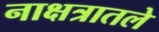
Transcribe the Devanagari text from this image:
नाक्षत्रातले